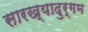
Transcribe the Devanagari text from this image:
सारख्यादुर्गम